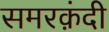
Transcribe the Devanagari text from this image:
समरक़ंदी